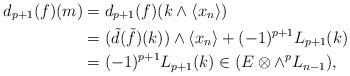
LaTeX: \begin{align*} d_{p+1}(f)(m)&= d_{p+1}(f)(k\wedge\langle x_n\rangle)\\ &= (\tilde d(\tilde f)(k))\wedge\langle x_n\rangle + (-1)^{p+1} L_{p+1}(k)\\&= (-1)^{p+1}L_{p+1}(k) \in (E\otimes\wedge^p L_{n-1}),\\ \end{align*}